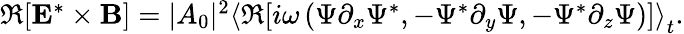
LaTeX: \begin{array}{r}{\Re[{\mathbf E}^{*}\times{\mathbf B}]=|A_{0}|^{2}\left\langle\Re[i\omega\left(\Psi\partial_{x}\Psi^{*},-\Psi^{*}\partial_{y}\Psi,-\Psi^{*}\partial_{z}\Psi\right)]\right\rangle_{t}.}\end{array}